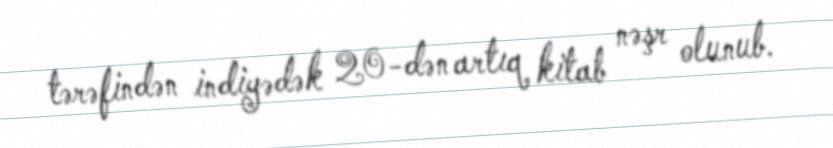
tərəfindən indiyədək 20-dən artıq kitab nəşr olunub.